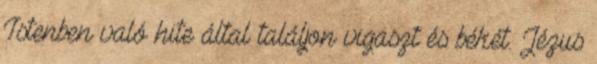
Istenben való hite által találjon vigaszt és békét. Jézus